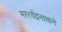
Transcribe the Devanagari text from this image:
मस्त्येंद्रनाथाने